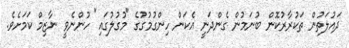
ދައުލަތުން ތަކުރާރުކޮން ބުނަމުން ގެންދަނީ އެކަން ހިންގުމުގުގެ "މުގުލުގައި" ހުންނެވީ ނާޒިމް ކަމަށެވެ.